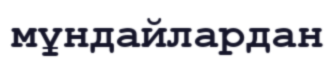
мұндайлардан